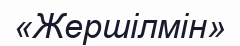
«Жершілмін»